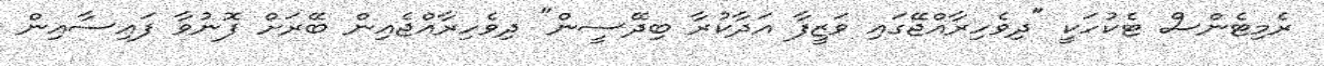
ރެމިޓެންސް ޓެކުހަކީ "ދިވެހިރާއްޖޭގައި ވަޒީފާ އަދާކުރާ ބިދޭސީން" ދިވެހިރާއްޖެއިން ބޭރަށް ފޮނުވާ ފައިސާއިން